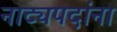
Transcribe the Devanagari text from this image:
नाट्यपदांना